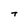
Character: T